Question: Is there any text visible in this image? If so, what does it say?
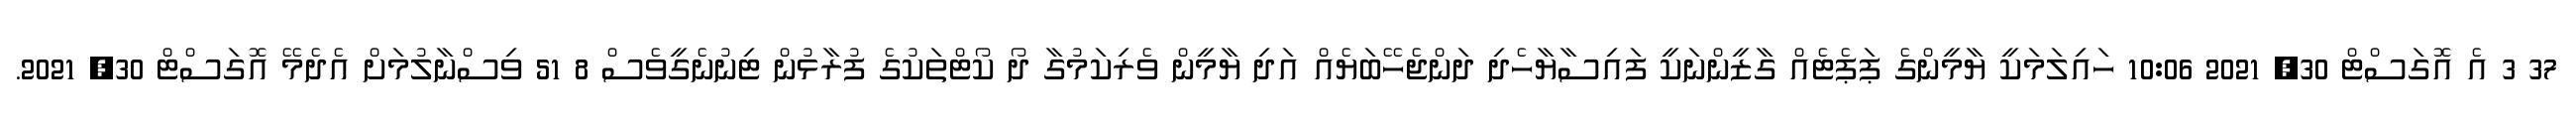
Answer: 37 3 އެ އޮގަސްޓް 30, 2021 10:06 ހައިލަމަކީ ޔާމީންގެ ޕަޕެޓެއް ގާޒީންނަކީ ފައިސާޔާހެދި ދަންޖެހޭބަޔެއް އަދި ޔާމީން ވެރިކަމުގާ ދޯ ކޯޓްތަކުގެ ފުރާޅުން ޓިނުނެގީވެސް 8 51 ވިސްނާލުމަށް އެދެމޭ އޮގަސްޓް 30, 2021.